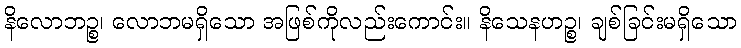
နိလောဘဉ္စ၊ လောဘမရှိသော အဖြစ်ကိုလည်းကောင်း။ နိသေနဟဉ္စ၊ ချစ်ခြင်းမရှိသော